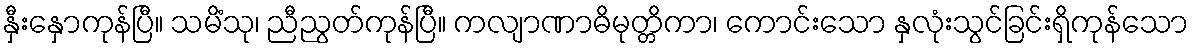
နှီးနှောကုန်ပြီ။ သမိံသု၊ ညီညွတ်ကုန်ပြီ။ ကလျာဏာဓိမုတ္တိကာ၊ ကောင်းသော နှလုံးသွင်ခြင်းရှိကုန်သော